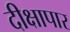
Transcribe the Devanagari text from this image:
दीक्षापार